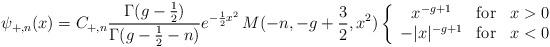
LaTeX: \begin{align*}\psi_{+,n}(x) = C_{+,n}\frac{\Gamma(g-{1\over 2})}{\Gamma(g-{1\over2}-n)}e^{-{1\over 2}x^{2}}\,M(-n,-g+{3\over2},x^{2})\left\{\begin{array}{cll} x^{-g+1}& {\rm for} & x>0\\ -|x|^{-g+1}& {\rm for} & x<0 \end{array}\right.\end{align*}